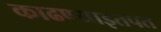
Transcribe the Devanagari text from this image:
काढण्याइतपत